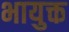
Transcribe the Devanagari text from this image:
भायुक्त